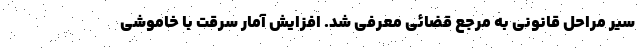
سیر مراحل قانونی به مرجع قضائی معرفی شد. افزایش آمار سرقت‌ با خاموشی